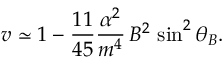
v \simeq 1 - \frac { 1 1 } { 4 5 } \frac { \alpha ^ { 2 } } { m ^ { 4 } } \, B ^ { 2 } \, \sin ^ { 2 } \theta _ { B } .